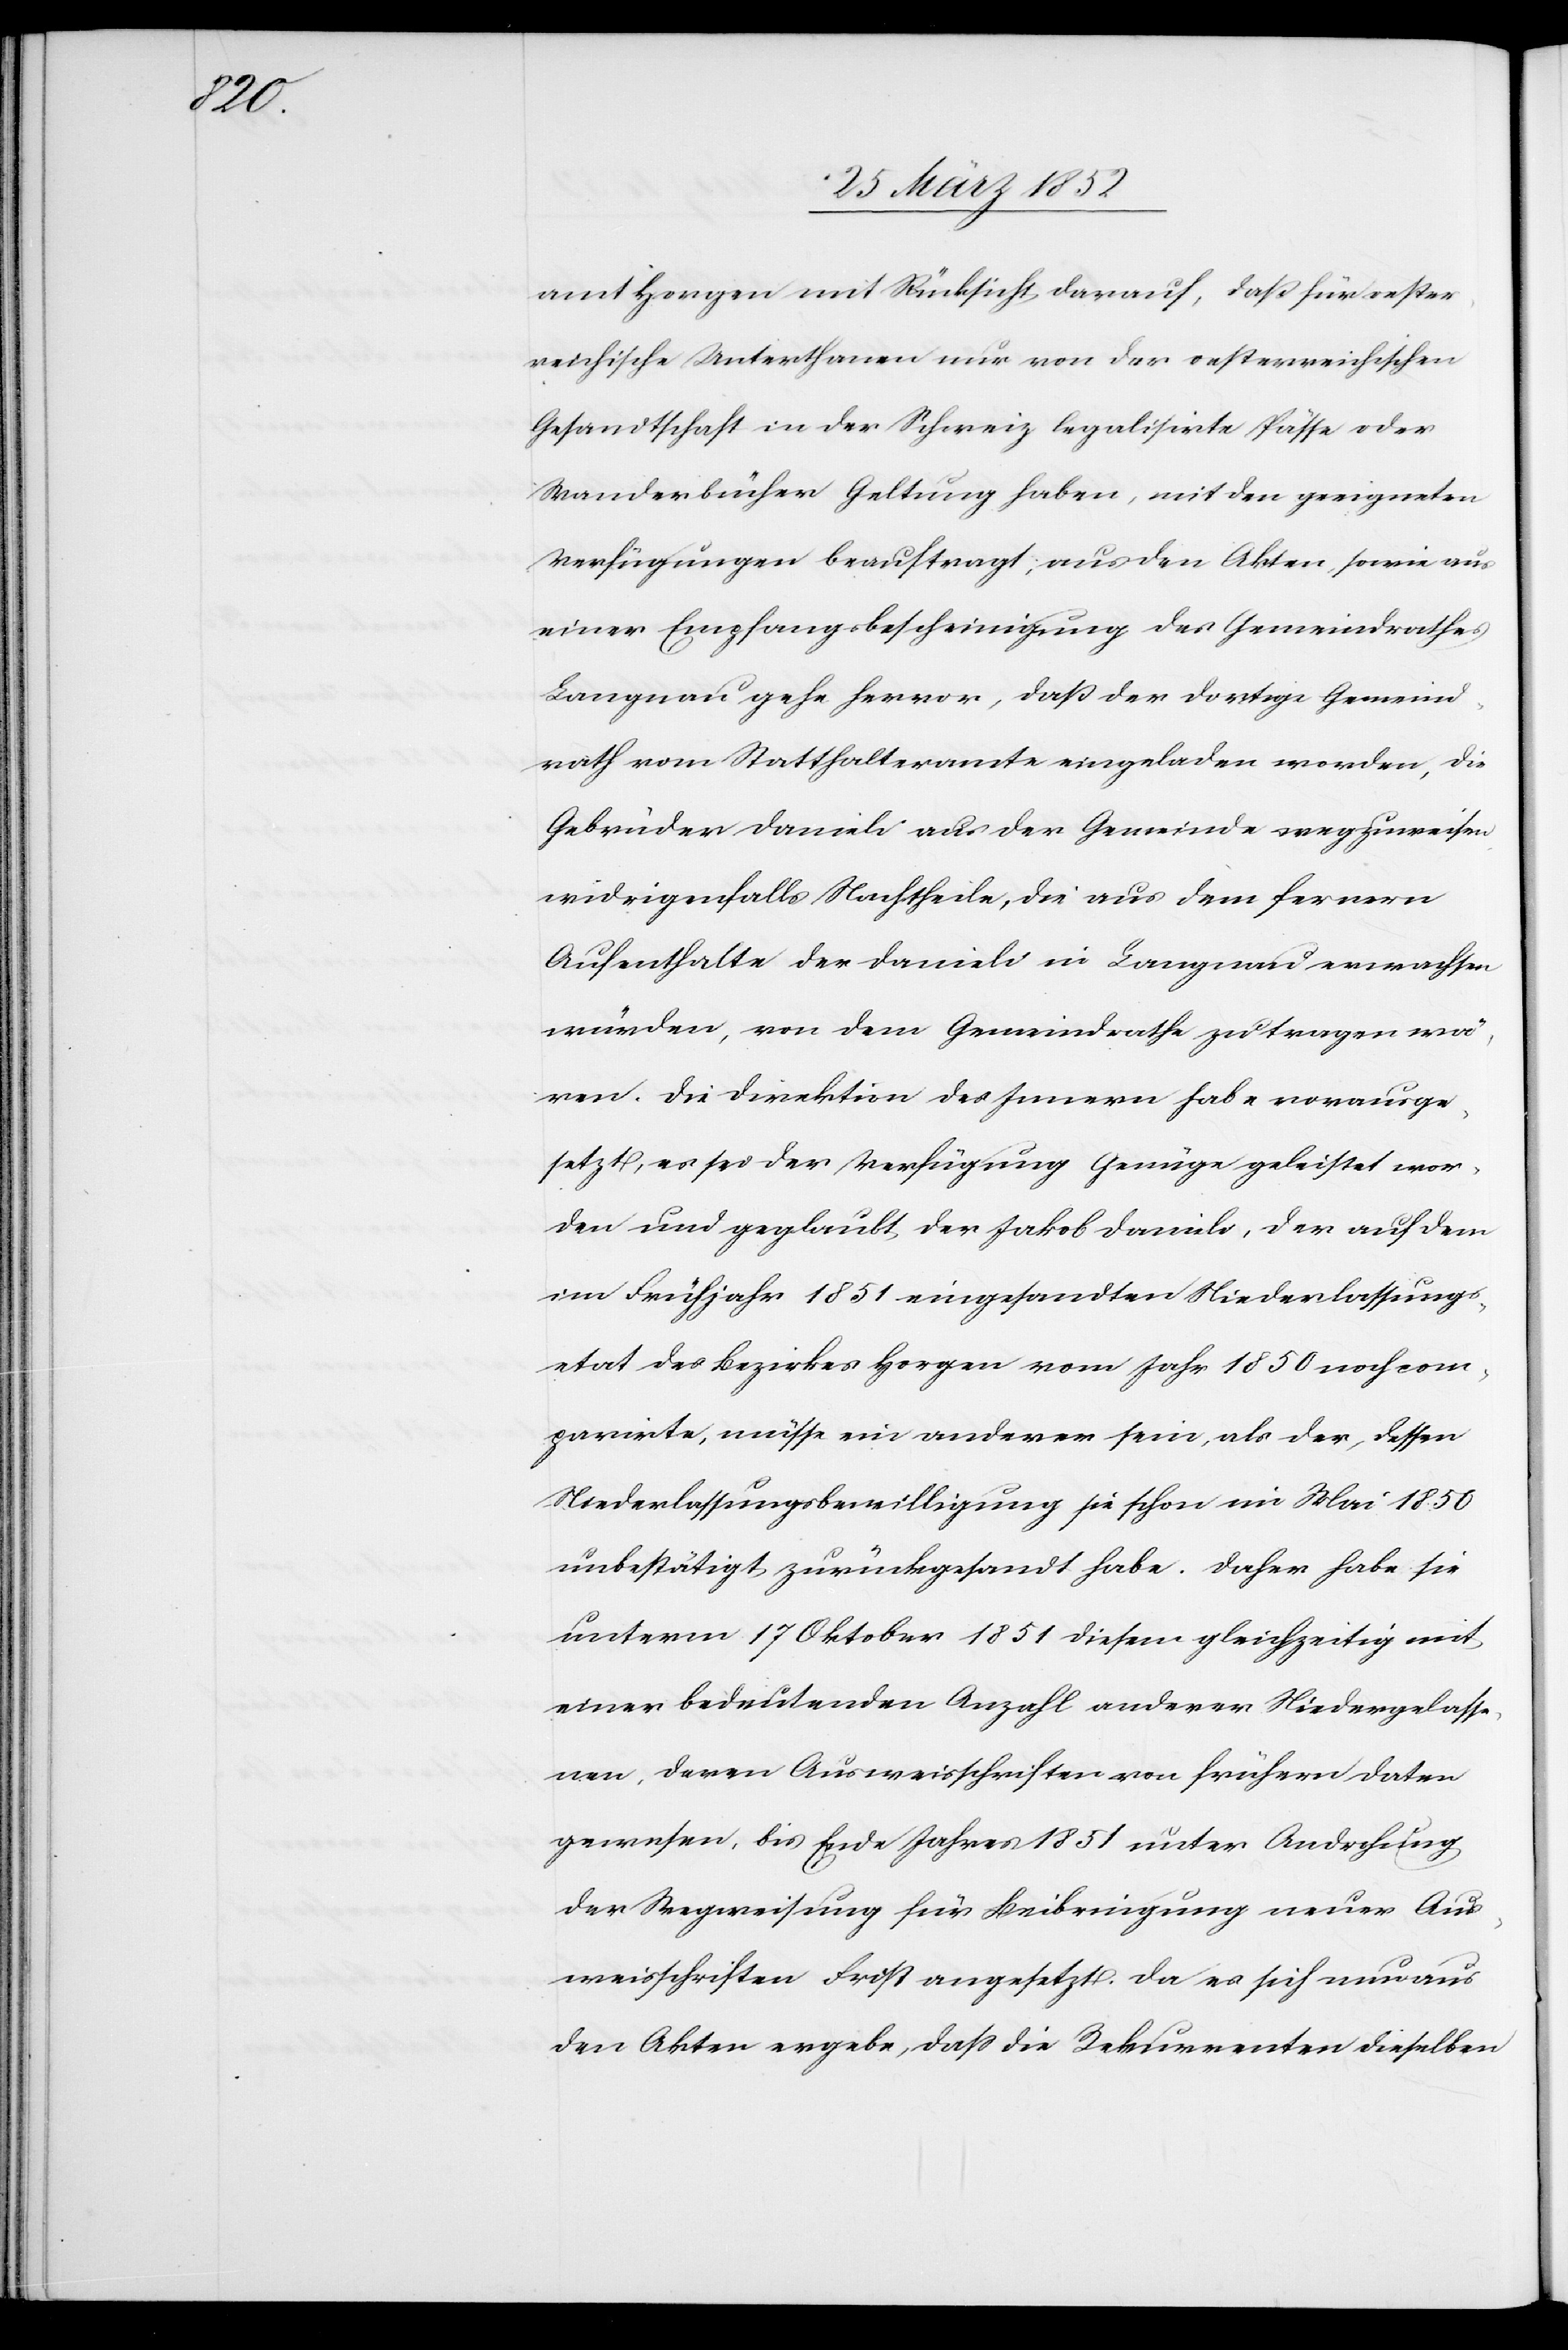
amt Horgen mit Rücksicht darauf, daß für oester¬
reichische Unterthanen nur von der oesterreichischen
Gesandtschaft in der Schweiz legalisirte Pässe oder
Wanderbücher Geltung haben, mit den geeigneten
Verfügungen beauftragt, aus den Akten, sowie aus
einer Empfangsbescheinigung des Gemeindrathes
Langnau gehe hervor, daß der dortige Gemeind¬
rath vom Statthalteramte eingeladen worden, die
Gebrüder Danieli aus der Gemeinde wegzuweisen,
widrigenfalls Nachtheile, die aus dem fernern
Aufenthalte der Danieli in Langnau erwachsen
würden, von dem Gemeindrathe zu tragen wä¬
ren. Die Direktion des Innern habe vorausge¬
setzt, es sei der Verfügung Genüge geleistet wor¬
den und geglaubt, der Jakob Danieli, der auf dem
im Frühjahr 1851 eingesandten Niederlassungs¬
etat des Bezirkes Horgen vom Jahr 1850 noch com¬
parirte, müsse ein anderer sein, als der, dessen
Niederlassungsbewilligung sie schon im Mai 1850
unbestätigt zurückgesandt habe. Daher habe sie
unterm 17 Oktober 1851 diesem gleichzeitig mit
einer bedeutenden Anzahl anderer Niedergelasse¬
nen, deren Ausweisschriften von frühern Daten
gewesen, bis Ende Jahres 1851 unter Androhung
der Wegweisung für Beibringung neuer Aus¬
weisschriften Frist angesetzt. Da es sich nun aus
den Akten ergebe, daß die Rekurrenten dieselben